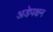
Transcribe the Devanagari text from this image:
अडेपक्षन